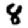
Digit: 8